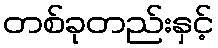
တစ်ခုတည်းနှင့်